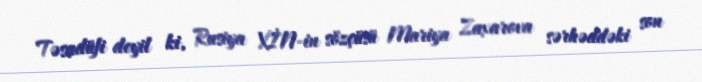
Təsadüfi deyil ki, Rusiya XİN-in sözçüsü Mariya Zaxarova sərhəddəki son